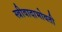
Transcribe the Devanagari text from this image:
स्त्रीवादाभोवती